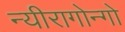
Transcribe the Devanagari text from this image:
न्यीरागोन्गो